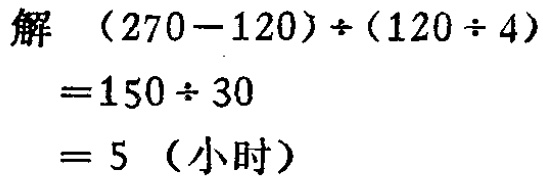
解 \((270 - 120)\div(120\div 4)\)
\(= 150\div 30\)
\(= 5\)（小时）